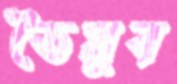
তৈয়ুব